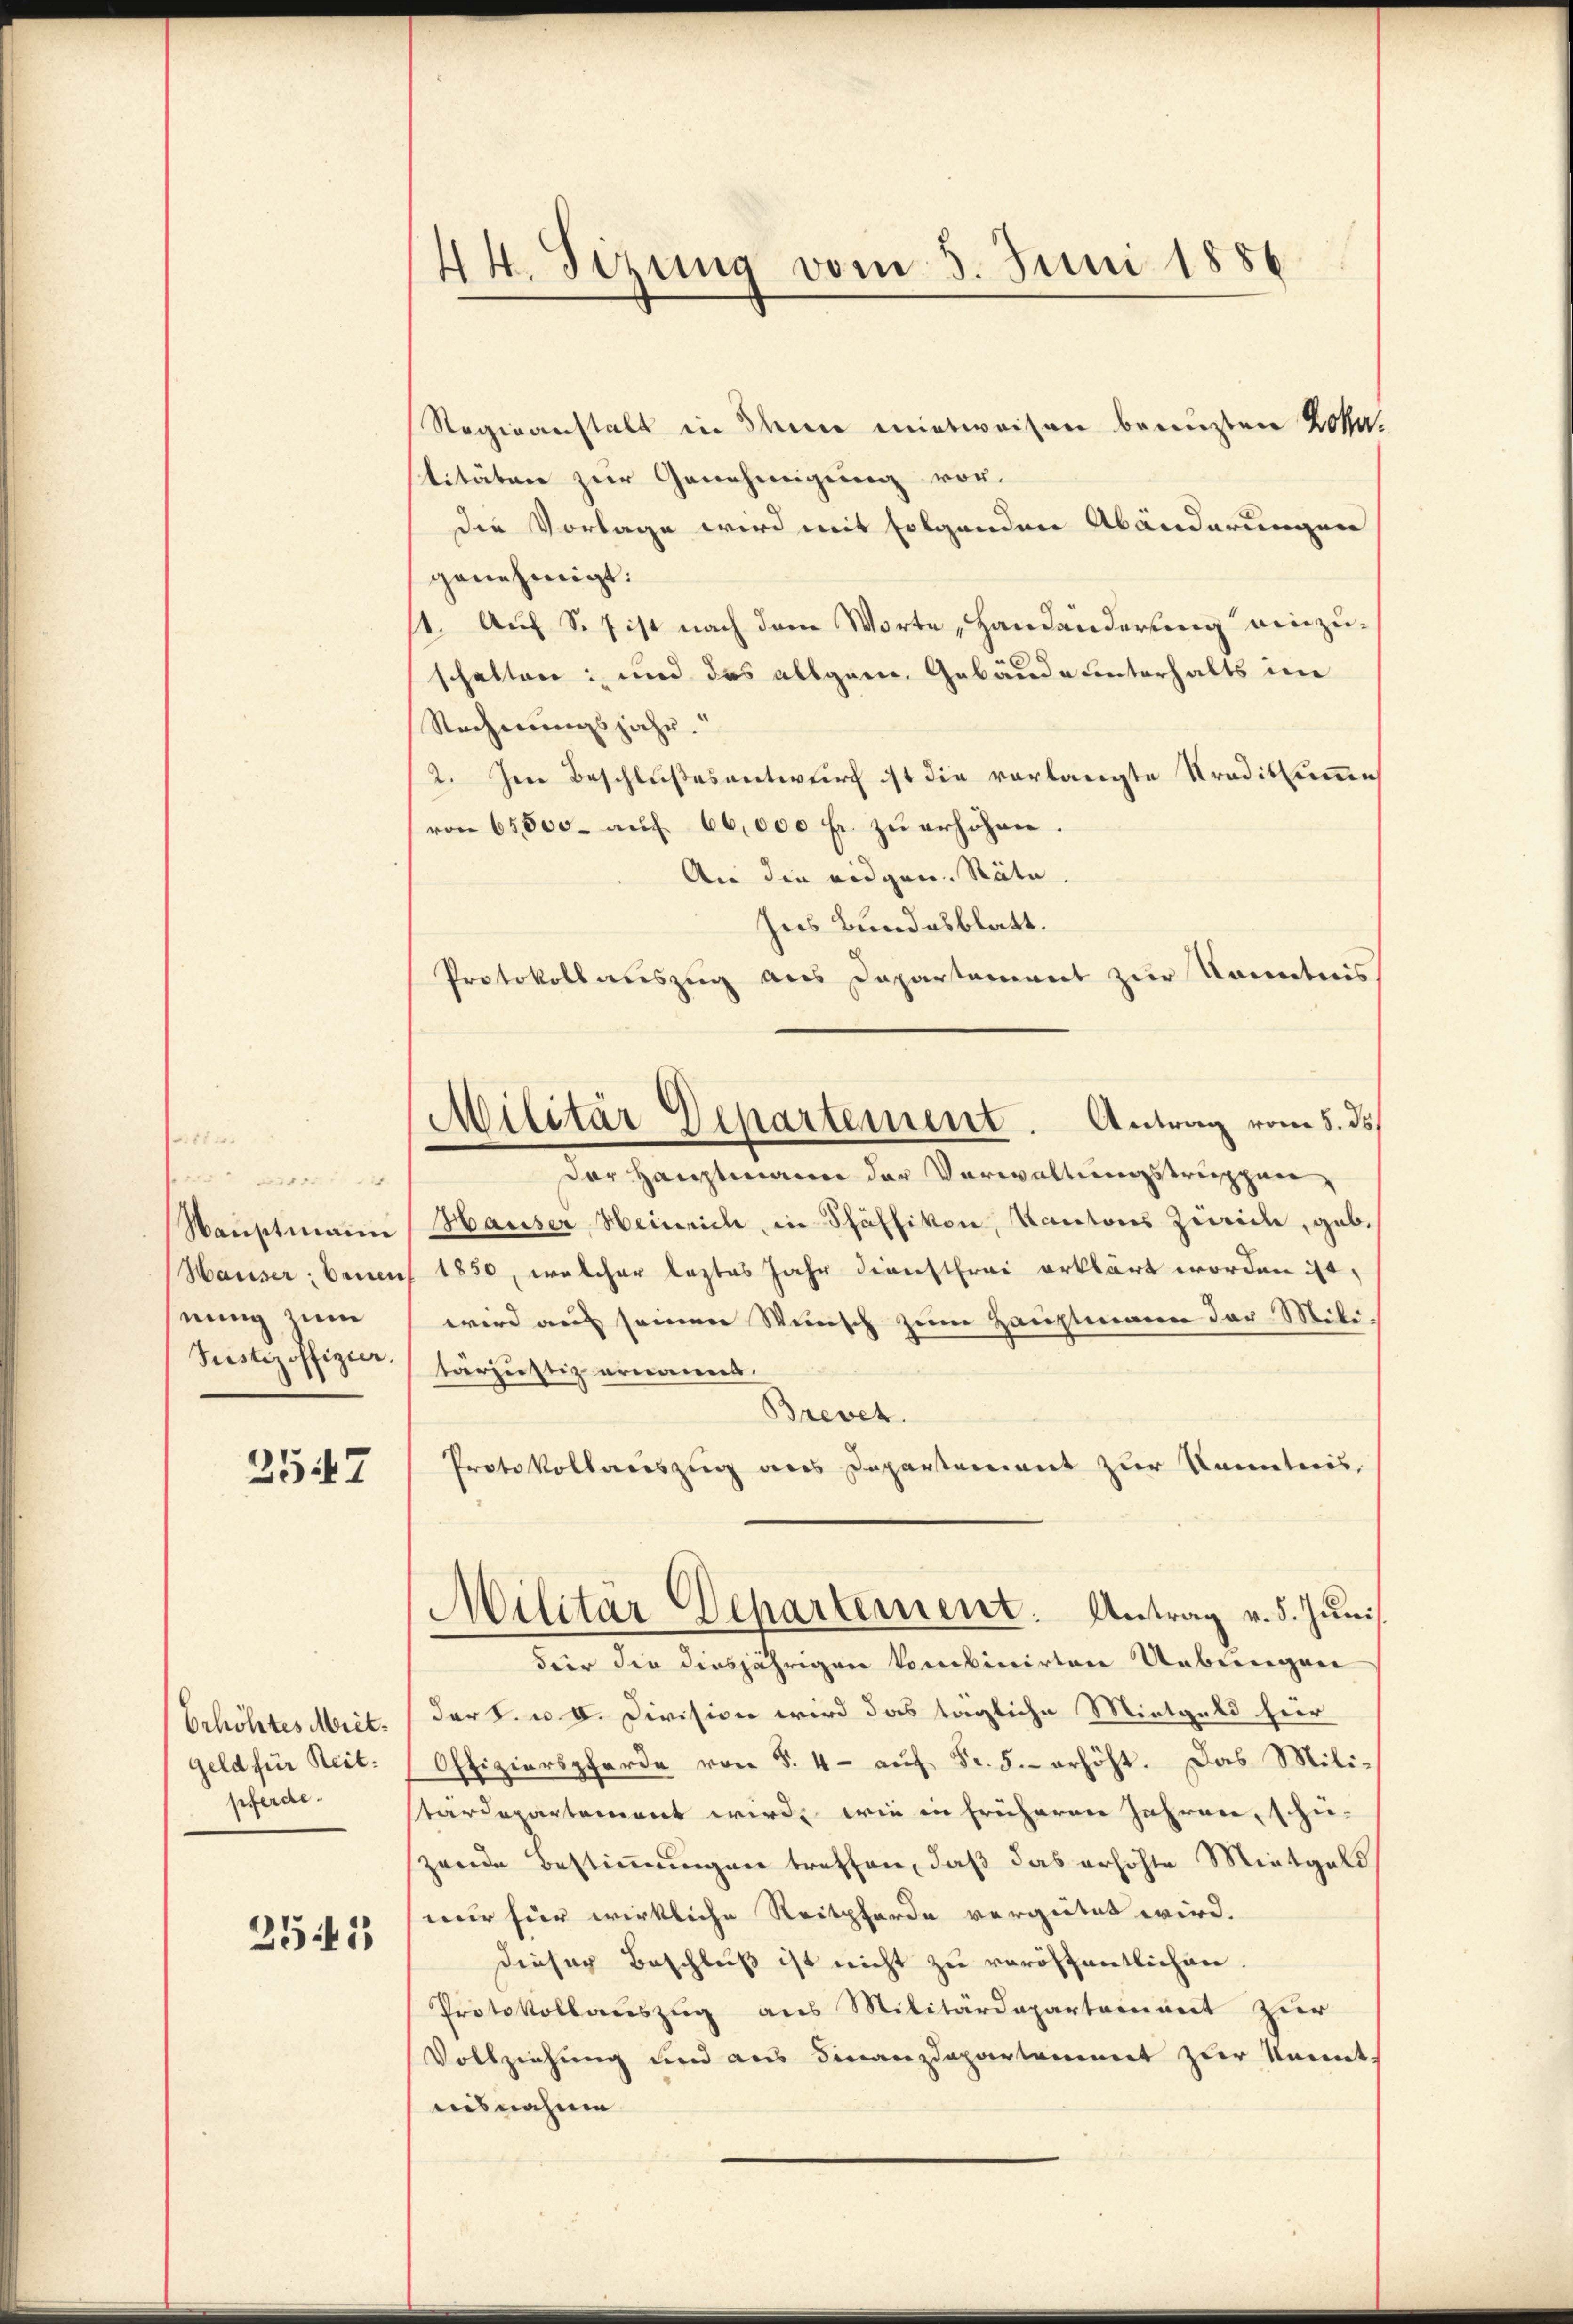
tn un
Nauptmann
Hauser Ernen
nung zum
Justizoffizier

2547

Erhöhtes Miet.
geld für Reitpferde.

2545

44. Sizung vom 3. Juni 1886

Regieanstalt in den mietweisen benuzten Kosa.
titäten zur Genehmigung vor.
die Vorlage wird mit folgenden Abänderungen
genehmigt.
/1. Auf S. ist nach dem Worte, Handänderung einzuschalten; und das allgern Gebäude unterhalts in
Rechnungsjahr.
2. Jene Beschlußesentwurf ist die vorlangte Traditkammen
von 65,000. aŭf 66,000 fr. zu erhöhen.
An die eidgen. Räte
Ins Bundesblatt.
Protokollauszug aus Dapartement zur Kenntnis
dor Hauptmann der Verwaltungstruppen¬
Hausser Heinrich, in Schäffikon, Kantons Zürich, gab¬
 1850, welcher leztes Jahr dienstfrei erklärt worden ist,
wird auf seinen Wunsch zum Hauptmann der Mili
tärjustiz ernannt.
Brevet.
Protokollauszug aus Departement zur Kenntnis,
Militär Departement. Antrag v. 5. Juni
Für die diesjährigen kombinirten Uebungen
der S. u. 8. Division wird das tägliche Mietgeld hier
Offizierspferde von S. 4 - auf Fr. 5.- erhöht. Das Milistärdepartement wird, wie in früheren Jahren, schie-
zende Bestimmungen treffen, daß das erhöhte Mietgeld
nur für wirkliche Reitpferde vergütet wird.
dieser Beschluß ist nicht zu veröffentlichen.
Protokollauszug aus Militärdepartement zur
Vollziehung und aus Finanzdepartammet zur kannt.
ausnahme

Militär Departement. Antrag vom 5. ds.